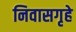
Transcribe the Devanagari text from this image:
निवासगृहे